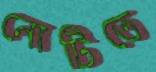
নোটিতে